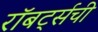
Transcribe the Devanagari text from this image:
रॉबर्ट्सची